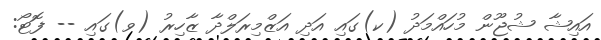
އައިޝާ ޝުޖޫން މުހައްމަދު (ކ)ގައި އަދި އަޒްމިރަލްދާ ޒާހިރު (ވ)ގައި -- ފޮޓޯ: